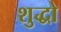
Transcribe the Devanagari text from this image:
शुद्धो